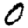
Digit: 0